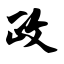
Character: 政